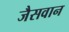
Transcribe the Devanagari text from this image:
जैसवान